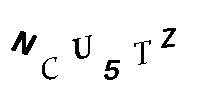
NCU5TZ